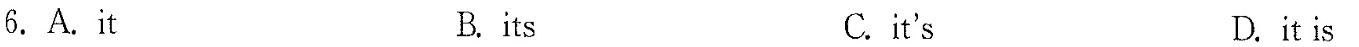
6.A.it B. its C. it's D.it is